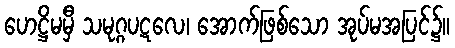
ဟေဋ္ဌိမမှီ သမုဂ္ဂပဋလေ၊ အောက်ဖြစ်သော အုပ်မအပြင်၌။